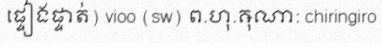
ផ្ទៀងផ្ទាត់) vioo (sw) ព.ហុ.ឝុណា: chiringiro